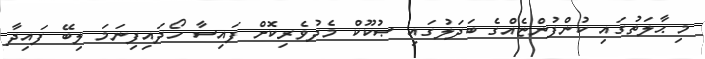
މި ޙާލަތުގައި ކުންފުންޏެއްގެ ބަދަލުގައި ޞުކޫކް މެދުވެރިކޮށް ފައިސާ ހޯދައިފިނަމަ ލިބޭ ފައިދާ